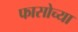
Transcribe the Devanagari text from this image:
फासोच्या